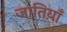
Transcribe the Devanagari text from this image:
जातिय़ाँ